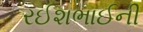
રઈશભાઈની